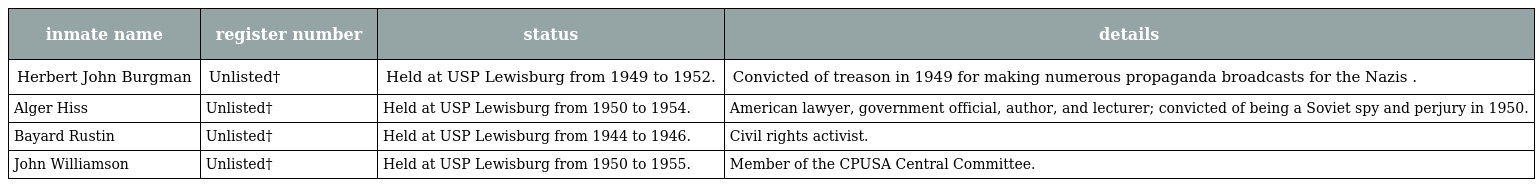
| inmate name | register number | status | details |
 | --- | --- | --- | --- |
 | Herbert John Burgman | Unlisted† | Held at USP Lewisburg from 1949 to 1952. | Convicted of treason in 1949 for making numerous propaganda broadcasts for the Nazis . |
 | Alger Hiss | Unlisted† | Held at USP Lewisburg from 1950 to 1954. | American lawyer, government official, author, and lecturer; convicted of being a Soviet spy and perjury in 1950. |
 | Bayard Rustin | Unlisted† | Held at USP Lewisburg from 1944 to 1946. | Civil rights activist. |
 | John Williamson | Unlisted† | Held at USP Lewisburg from 1950 to 1955. | Member of the CPUSA Central Committee. |